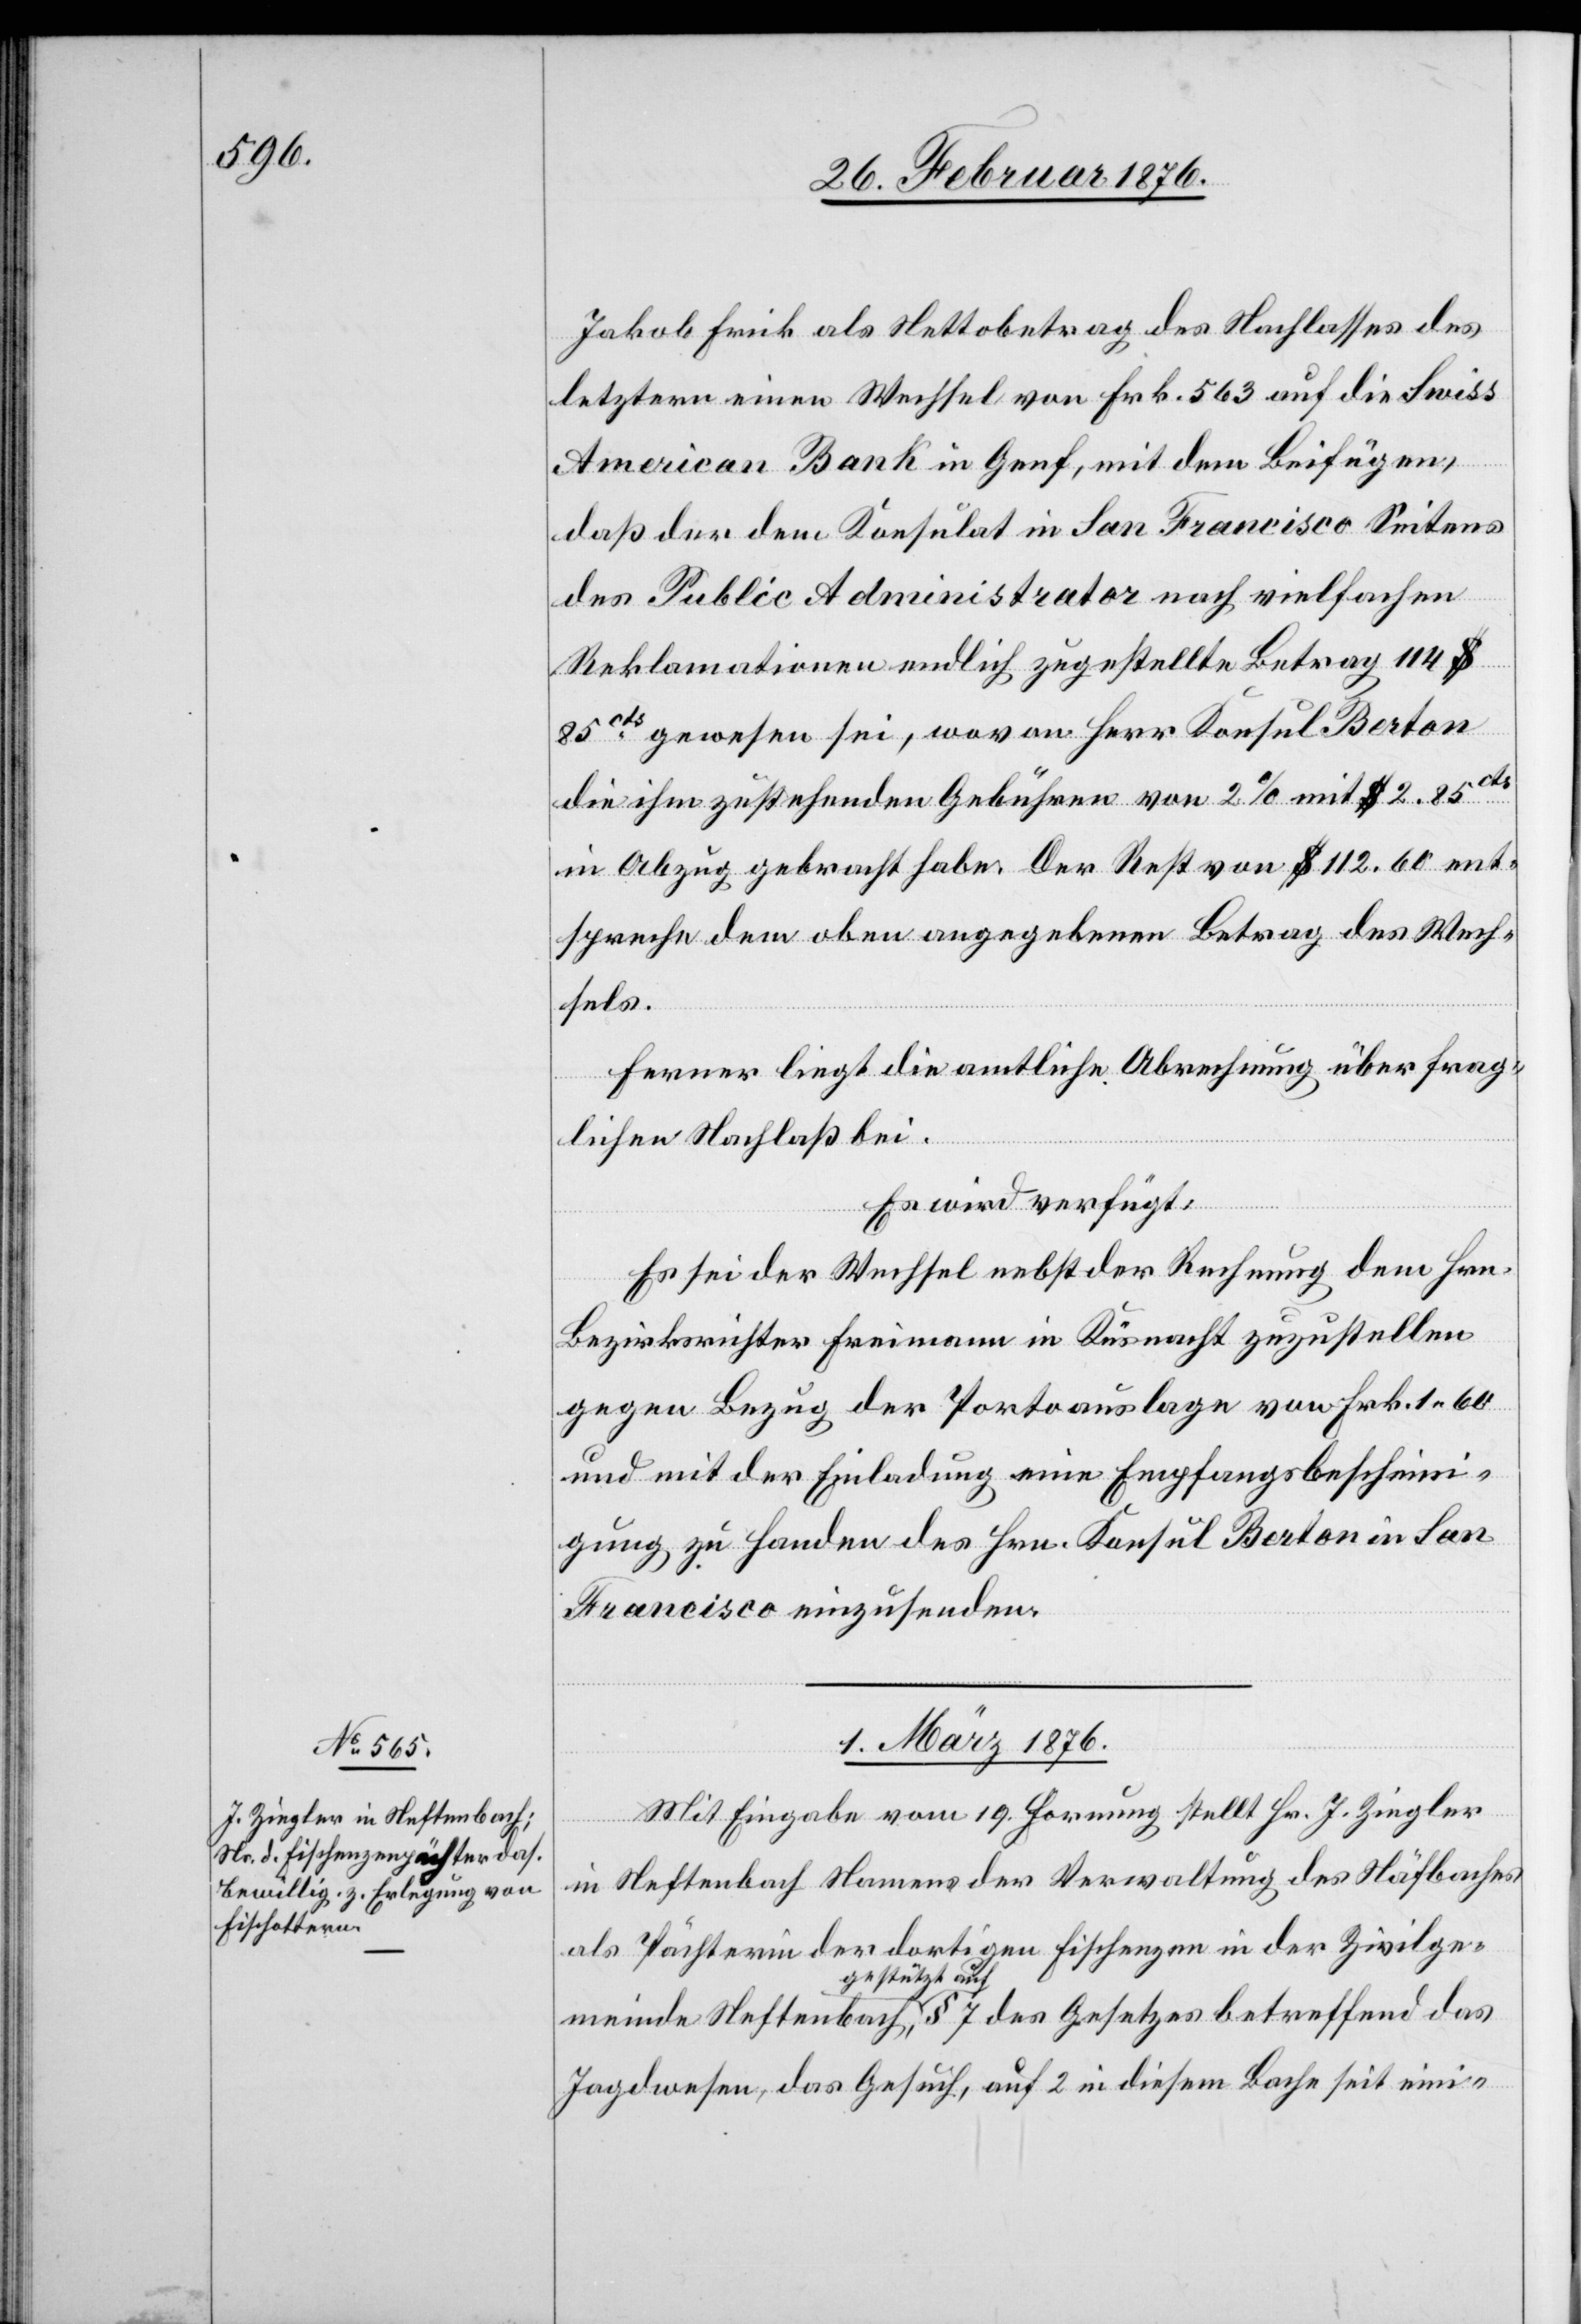
Jakob Frick als Nettobetrag des Nachlasses des
letztern einen Wechsel von Frk. 563 auf die Swiss
American Bank in Genf, mit dem Beifügen,
daß der dem Konsulat in San Francisco Seitens
des Public Administrator nach vielfachen
Reklamationen endlich zugestellte Betrag 114 $
85cts gewesen sei, wovon Herr Konsul Berton
die ihm zustehenden Gebühren von 2 % mit $ 2.85cts
in Abzug gebracht habe. Der Rest von $ 112.60 ent¬
spreche dem oben angegebenen Betrag des Wech¬
sels.
Ferner liegt die amtliche Abrechnung über frag¬
das
lichen Nachlaß bei.
Es wird verfügt:
Es sei der Wechsel nebst der Rechnung dem Hrn.
Bezirksrichter Freimann in Küsnacht zuzustellen
gegen Bezug der Portoauslagen von Frk. 1 60
und mit der Einladung eine Empfangsbescheini¬
gung zu Handen des Hrn. Konsul Berton in San
Francisco einzusenden.
1. März 1876.
Mit Eingabe vom 19. Hornung stellt Hr. J. Ziegler
in Neftenbach Namens der Verwaltung des Näfbaches
als Pächterin der dortigen Fischenzen in der Zivilge¬
stützt auf
7
Jagdwesen, das Gesuch, auf 2 in diesem Bach seit eini-